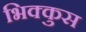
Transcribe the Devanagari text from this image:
भिक्कुस